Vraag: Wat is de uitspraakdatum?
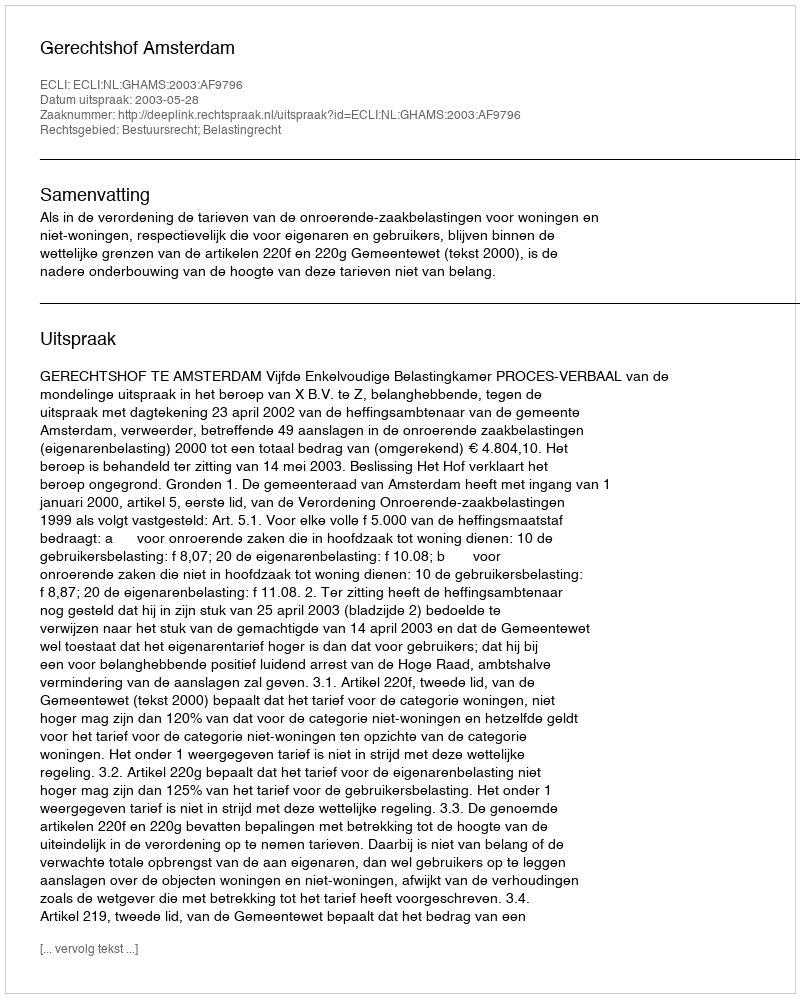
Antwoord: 2003-05-28